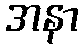
အနာ